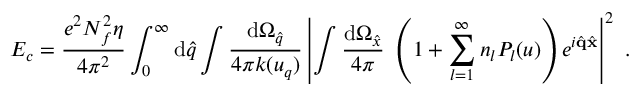
E _ { c } = \frac { e ^ { 2 } N _ { f } ^ { 2 } \eta } { 4 \pi ^ { 2 } } \int _ { 0 } ^ { \infty } \mathrm { d } \hat { q } \int \frac { \mathrm { d } \Omega _ { \hat { q } } } { 4 \pi k ( u _ { q } ) } \left| \int \frac { \mathrm { d } \Omega _ { \hat { x } } } { 4 \pi } ~ \left( 1 + \sum _ { l = 1 } ^ { \infty } n _ { l } P _ { l } ( u ) \right) e ^ { i \hat { \bf q } \hat { \bf x } } \right| ^ { 2 } ~ .